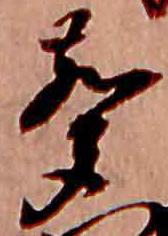
声